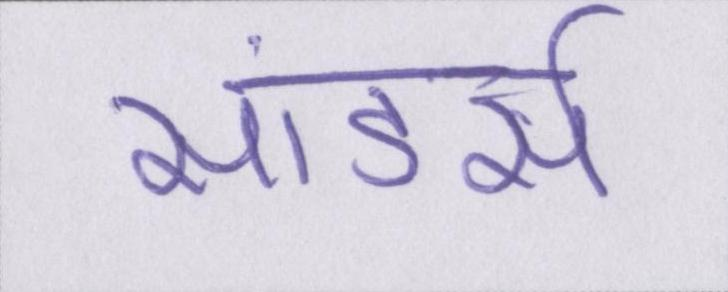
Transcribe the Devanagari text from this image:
सांडर्स